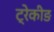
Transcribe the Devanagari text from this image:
ट्रेकीङ